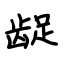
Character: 龊